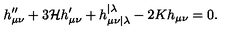
h _ { \mu \nu } ^ { \prime \prime } + 3 \mathcal { H } h _ { \mu \nu } ^ { \prime } + h _ { \mu \nu | \lambda } ^ { \mathrm { } \mathrm { } \mathrm { } \mathrm { } | \lambda } - 2 K h _ { \mu \nu } = 0 .